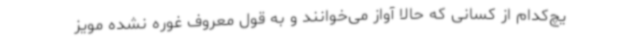
یچ‌کدام از کسانی که حالا آواز می‌خوانند و به قول معروف غوره نشده مویز